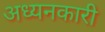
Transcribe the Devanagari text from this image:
अध्यनकारी